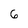
Character: 6